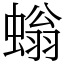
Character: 螉